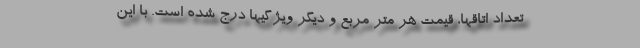
تعداد اتاقها، قیمت هر متر مربع و دیگر ویژگیها درج شده است. با این